Lunatic asylums Bombay report 1891-1903 - 1891-1903
Year: 1891
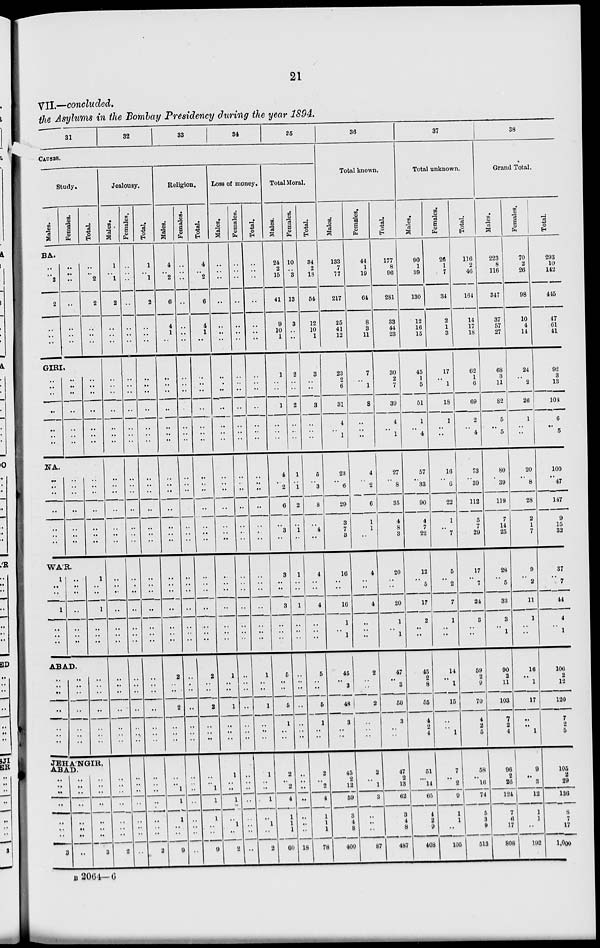
21
VII.—concluded.
the Asylums in the Bombay Presidency during the year 1894.
31
32
33
34
35
CAUSES.
Study.
Males.
Females.
Total.
BA.
..
..
2
2
..
..
..
..
..
..
..
..
..
..
..
..
2
2
..
..
..
GIRI.
..
..
..
..
..
..
..
..
..
..
..
..
..
..
..
..
..
..
..
..
..
NA.
..
..
..
..
..
..
..
..
..
..
..
..
..
..
..
..
..
..
..
..
..
WA'R.
1
..
..
1
..
.. ..
..
..
..
..
..
.. ..
1
..
..
1
..
.. ..
ABAD.
..
..
..
..
..
..
..
..
..
..
..
..
..
..
..
..
..
..
..
.. ..
JEHA'NGIR,
ABAD.
..
..
..
..
..
..
..
3
..
..
..
..
..
..
..
..
..
.. ..
..
..
..
..
3
Jealousy.
Males.
1
..
1
2
..
..
..
..
..
..
..
..
..
..
..
..
..
..
..
..
..
..
..
..
..
..
.. ..
..
..
..
..
..
..
..
.. ..
..
..
..
..
..
2
Females.
..
..
..
..
..
..
..
..
..
..
..
..
..
..
..
..
..
..
..
..
..
..
..
..
..
..
.. ..
..
..
..
..
..
..
..
..
..
..
..
..
..
..
..
Total.
1
..
1
2
..
..
..
..
..
..
..
..
..
..
..
..
..
..
..
..
..
..
..
..
..
..
.. ..
..
..
..
..
..
..
..
..
..
..
..
..
..
..
2
Religion.
Males.
4
..
2
6
4
1
..
..
..
..
..
..
..
..
..
..
..
..
..
..
..
..
..
..
..
..
.. ..
2
.. ..
2
..
..
..
.. .. 1
1
1
..
..
9
Females.
..
..
..
..
..
..
..
..
..
..
..
..
..
..
..
..
..
..
..
..
..
..
..
..
..
..
.. ..
..
..
..
..
..
..
..
..
.. ..
..
..
..
..
..
Total.
4
..
2
6
4
1
..
..
..
..
..
..
..
..
..
..
..
..
..
..
..
..
..
..
..
..
.. ..
2
..
..
2
..
..
..
..
.. 1
1
1
..
..
9
Loss of money.
Males.
..
..
..
..
..
..
..
..
..
..
..
..
..
..
..
..
..
..
..
..
..
..
..
..
..
..
.. ..
1
..
..
1
..
..
..
1
..
..
1
..
1
..
2
Females.
..
..
..
..
..
..
..
..
..
..
..
..
..
..
..
..
..
..
..
..
..
..
..
..
..
..
.. ..
..
..
..
..
..
..
..
..
..
..
..
..
..
..
..
Total.
..
..
..
..
..
..
..
..
..
..
..
..
..
..
..
..
..
..
..
..
..
..
..
..
..
..
.. ..
1
..
..
1
..
..
..
1
..
..
1
..
1
..
2
Total Moral.
Males.
24
2
15
41
9
10
1
1
..
..
1
..
..
..
4
.. 2
6
..
3
..
3
..
..
3
..
.. ..
5
..
..
5
1
..
..
2
.. 2
4
1
1
1
60
Females.
10
..
3
13
3
..
..
2
..
..
2
..
..
..
1
.. 1
2
..
1
..
1
..
..
1
..
.. ..
..
..
..
..
..
..
..
..
..
..
..
..
..
..
18
Total.
34
2
18
54
12
10
1
3
..
..
3
..
..
..
5
.. 3
8
..
4
..
4
..
..
4
..
.. ..
5
..
..
5
1
..
..
2
.. 2
4
1
1
1
78
36
Total known.
Males.
133
7
77
217
25
41
12
23
2
6
31
4
.. 1
23
.. 6
29
3
7
3
16
..
..
16
1
..
1
45
.. 3
48
3
.. ..
45
2
12
59
3
4
8
400
Females.
44
1
19
64
8
3
11
7
..
1
8
..
..
..
4
..
2
6
1
1
..
4
..
..
4
..
.. ..
2
..
..
2
..
..
..
2
.. 1
3
..
..
..
87
Total.
177
8
96
281
33
44
23
30
2
7
39
4
.. 1
27
.. 8
35
4
8
3
20
..
..
20
1
..
1
47
.. 3
50
3
..
..
47
2
13
62
3
4
8
487
37
Total unknown.
Males.
90
1
39
130
12
16
15
45
1
5
51
1
.. 4
57
.. 33
90
4
7
22
12
.. 5
17
2
.. ..
45
2
8
55
4
2
4
51
.. 14
65
4
2
9
408
Females.
26
1
7
34
2
1
3
17
.. 1
18
1
..
..
16
.. 6
22
1
..
7
5
.. 2
7
1
.. ..
14
.. 1
15
..
.. 1
7
.. 2
9
1
1
..
105
Total.
116
2
46
164
14
17
18
62
1
6
69
2
.. 4
73
.. 39
112
5
7
29
17
.. 7
24
3
.. ..
59
2
9
70
4
2
5
58
..
16
74
5
3
9
513
38
Grand Total.
Males.
223
8
116
347
37
57
27
68
3
11
82
5
.. 5
80
.. 39
119
7
14
25
28
.. 5
33
3
..
1
90
2
11
103
7
2
4
96
2
26
124
7
6
17
808
Females.
70
2
26
98
10
4
14
24
.. 2
26
1
..
..
20
.. 8
28
2
1
7
9
.. 2
11
1
.. ..
16
..
1
17
..
.. 1
9
.. 3
12
1
1
..
192
Total.
293
10
142
445
47
61
41
92
3
13
103
6
.. 5
100
.. 47
147
9
15
32
37
.. 7
44
4
..
1
106
2
12
120
7
2
5
105
2
29
136
8
7
17
1,000
B 2064—6